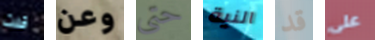
قلت وعن حتى النية قد على